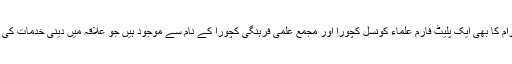
اسی علاقہ سے علماء کرام کا بھی ایک پلیٹ فارم علماء کونسل کچورا اور مجمع علمی فرہنگی کچورا کے نام سے موجود ہیں جو علاقہ میں دینی خدمات کی خاطر سرگرم عمل ہیں ۔